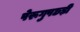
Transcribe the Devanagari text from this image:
पेरूगुपछड़ी